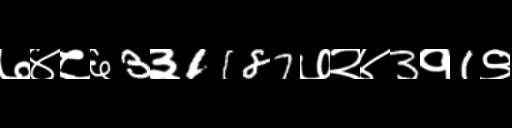
Text: ७४८६3३1187७२४3१1९